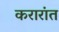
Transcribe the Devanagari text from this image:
करारांत